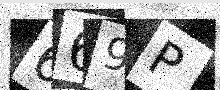
Text: 669P